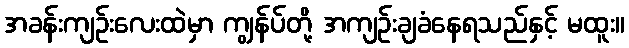
အခန်းကျဉ်းလေးထဲမှာ ကျွန်ပ်တို့ အကျဉ်းချခံနေရသည်နှင့် မထူး။